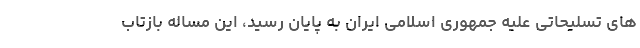
های تسلیحاتی علیه جمهوری اسلامی ایران به پایان رسید، این مساله بازتاب